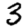
Digit: 3